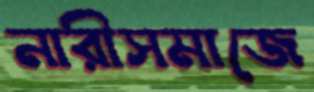
নারীসমাজে